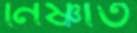
নিষ্ণাত